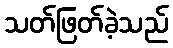
သတ်ဖြတ်ခဲ့သည်